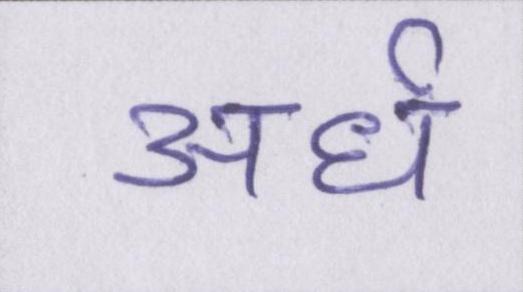
अर्ध